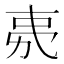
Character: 𭄧